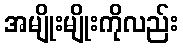
အမျိုးမျိုးကိုလည်း